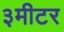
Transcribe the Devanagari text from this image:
३मीटर